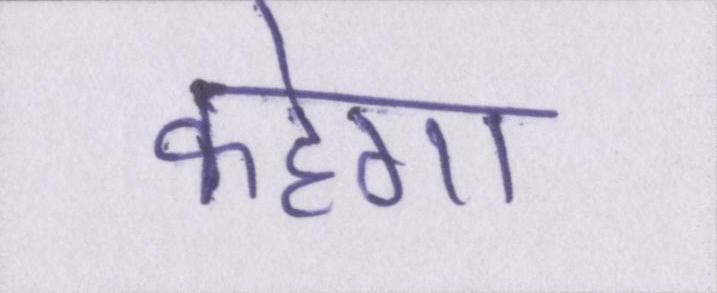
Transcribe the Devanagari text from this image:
कहेगा